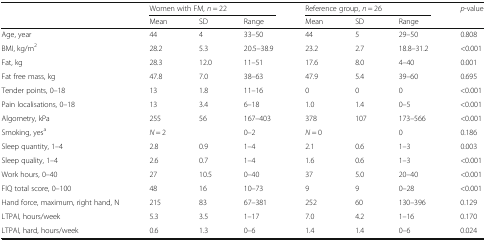
<table><thead><tr><td></td><td colspan="3"><b>Women with FM, <i>n</i> = 22</b></td><td colspan="3"><b>Reference group, <i>n</i> = 26</b></td><td><b><i>p</i>-value</b></td></tr><tr><td></td><td><b>Mean</b></td><td><b>SD</b></td><td><b>Range</b></td><td><b>Mean</b></td><td><b>SD</b></td><td><b>Range</b></td><td></td></tr></thead><tbody><tr><td>Age, year</td><td>44</td><td>4</td><td>33–50</td><td>44</td><td>5</td><td>29–50</td><td>0.808</td></tr><tr><td>BMI, kg/m<sup>2</sup></td><td>28.2</td><td>5.3</td><td>20.5–38.9</td><td>23.2</td><td>2.7</td><td>18.8–31.2</td><td>&lt;0.001</td></tr><tr><td>Fat, kg</td><td>28.3</td><td>12.0</td><td>11–51</td><td>17.6</td><td>8.0</td><td>4–40</td><td>0.001</td></tr><tr><td>Fat free mass, kg</td><td>47.8</td><td>7.0</td><td>38–63</td><td>47.9</td><td>5.4</td><td>39–60</td><td>0.695</td></tr><tr><td>Tender points, 0–18</td><td>13</td><td>1.8</td><td>11–16</td><td>0</td><td>0</td><td>0</td><td>&lt;0.001</td></tr><tr><td>Pain localisations, 0–18</td><td>13</td><td>3.4</td><td>6–18</td><td>1.0</td><td>1.4</td><td>0–5</td><td>&lt;0.001</td></tr><tr><td>Algometry, kPa</td><td>255</td><td>56</td><td>167–403</td><td>378</td><td>107</td><td>173–566</td><td>&lt;0.001</td></tr><tr><td>Smoking, yes<sup>a</sup></td><td><i>N</i> = 2</td><td></td><td>0–2</td><td><i>N</i> = 0</td><td></td><td>0</td><td>0.186</td></tr><tr><td>Sleep quantity, 1–4</td><td>2.8</td><td>0.9</td><td>1–4</td><td>2.1</td><td>0.6</td><td>1–3</td><td>0.003</td></tr><tr><td>Sleep quality, 1–4</td><td>2.6</td><td>0.7</td><td>1–4</td><td>1.6</td><td>0.6</td><td>1–3</td><td>&lt;0.001</td></tr><tr><td>Work hours, 0–40</td><td>27</td><td>10.5</td><td>0–40</td><td>37</td><td>5.0</td><td>20–40</td><td>&lt;0.001</td></tr><tr><td>FIQ total score, 0–100</td><td>48</td><td>16</td><td>10–73</td><td>9</td><td>9</td><td>0–28</td><td>&lt;0.001</td></tr><tr><td>Hand force, maximum, right hand, N</td><td>215</td><td>83</td><td>67–381</td><td>252</td><td>60</td><td>130–396</td><td>0.129</td></tr><tr><td>LTPAI, hours/week</td><td>5.3</td><td>3.5</td><td>1–17</td><td>7.0</td><td>4.2</td><td>1–16</td><td>0.170</td></tr><tr><td>LTPAI, hard, hours/week</td><td>0.6</td><td>1.3</td><td>0–6</td><td>1.4</td><td>1.4</td><td>0–6</td><td>0.024</td></tr></tbody></table>